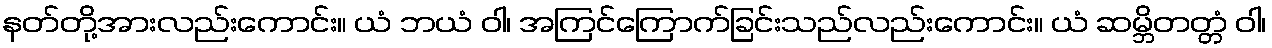
နတ်တို့အားလည်းကောင်း။ ယံ ဘယံ ဝါ၊ အကြင်ကြောက်ခြင်းသည်လည်းကောင်း။ ယံ ဆမ္ဘိတတ္တံ ဝါ၊